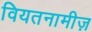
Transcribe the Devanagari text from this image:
वियतनामीज़